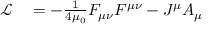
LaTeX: \begin{array} { r l } { { \mathcal { L } } } & { { } = - { \frac { 1 } { 4 \mu _ { 0 } } } F _ { \mu \nu } F ^ { \mu \nu } - J ^ { \mu } A _ { \mu } } \end{array}